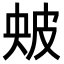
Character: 㿮